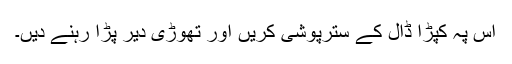
اس پہ کپڑا ڈال کے سترپوشی کریں اور تھوڑی دیر پڑا رہنے دیں۔